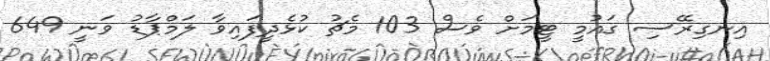
އިނގިރޭސި ގައުމީ ޓީމަށް ވެސް 103 މެޗު ކުޅެދީފައިވާ ލަމްޕާޑު ވަނީ 649